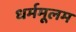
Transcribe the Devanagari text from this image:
धर्ममूलम